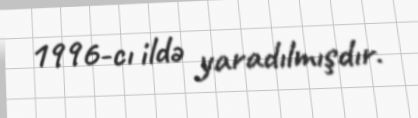
1996-cı ildə yaradılmışdır.